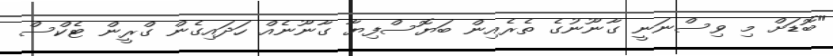
"ބޮޑަށް މި ވިސްނަނީ ގާނޫނުގެ ތެރެއިން ބަޔޮސްފިޔާ ގާނޫނެއް ހަދައިގެން ގްރީން ޓެކްސް